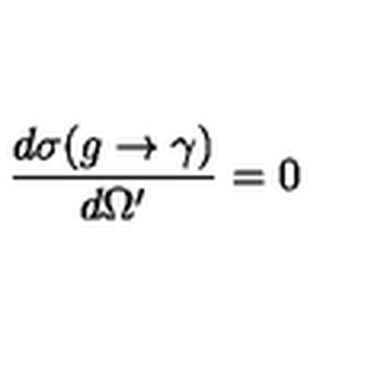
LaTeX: \frac { d \sigma ( g \rightarrow \gamma ) } { d \Omega ^ { \prime } } = 0